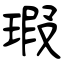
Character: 瑕